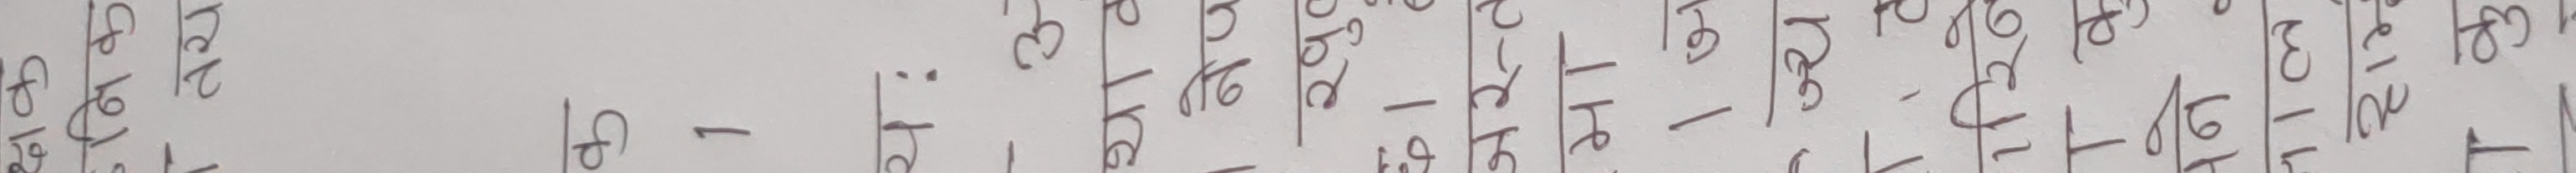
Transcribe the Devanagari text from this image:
२ ८ ८ २ ३ २ २ २ २ ४ २ २ ४ २ ४ २ २ ३ २ २ २ २ २ २ ४ ४ २ ४ ४ २
८ २० २ २ २ २ २ २ २ ३ २ ३ २० २ २० २ २ २ २ २ २ २ ३ २ २० २ २ २ २० २
२२ २ २२ २ २ २ २ २ २ २ २ २ २२ ३ २ २ २ २ २ २ २ २ २ २ ३ २ ३ २ २२ २